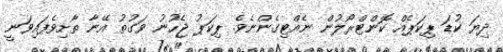
ދިޔަ ކުޑަ ޕިކަޕެއް ކޮންޓްރޯލުން ނެއްޓިގެންނެވެ. ޕިކަޕު ޖެހުނު ވަގުތު އޭނާ ތާށިވެފައިވަނީ